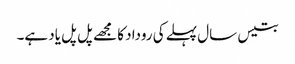
بتیس سال پہلے کی روداد کا مجھے پل پل یاد ہے۔